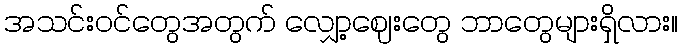
အသင်းဝင်တွေအတွက် လျှော့ဈေးတွေ ဘာတွေများရှိလား။